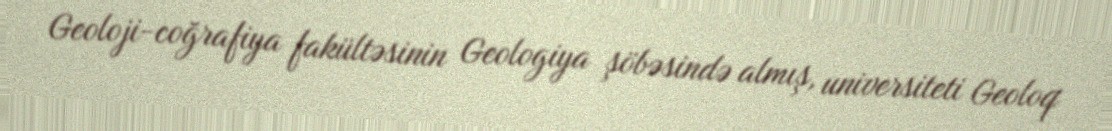
Geoloji-coğrafiya fakültəsinin Geologiya şöbəsində almış, universiteti Geoloq